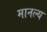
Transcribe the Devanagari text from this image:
मानल्य